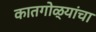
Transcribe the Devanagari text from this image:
कातगोळ्यांचा